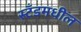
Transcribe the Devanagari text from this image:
स्टँडमधील